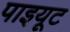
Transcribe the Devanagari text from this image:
पाइयूट